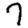
Digit: 7